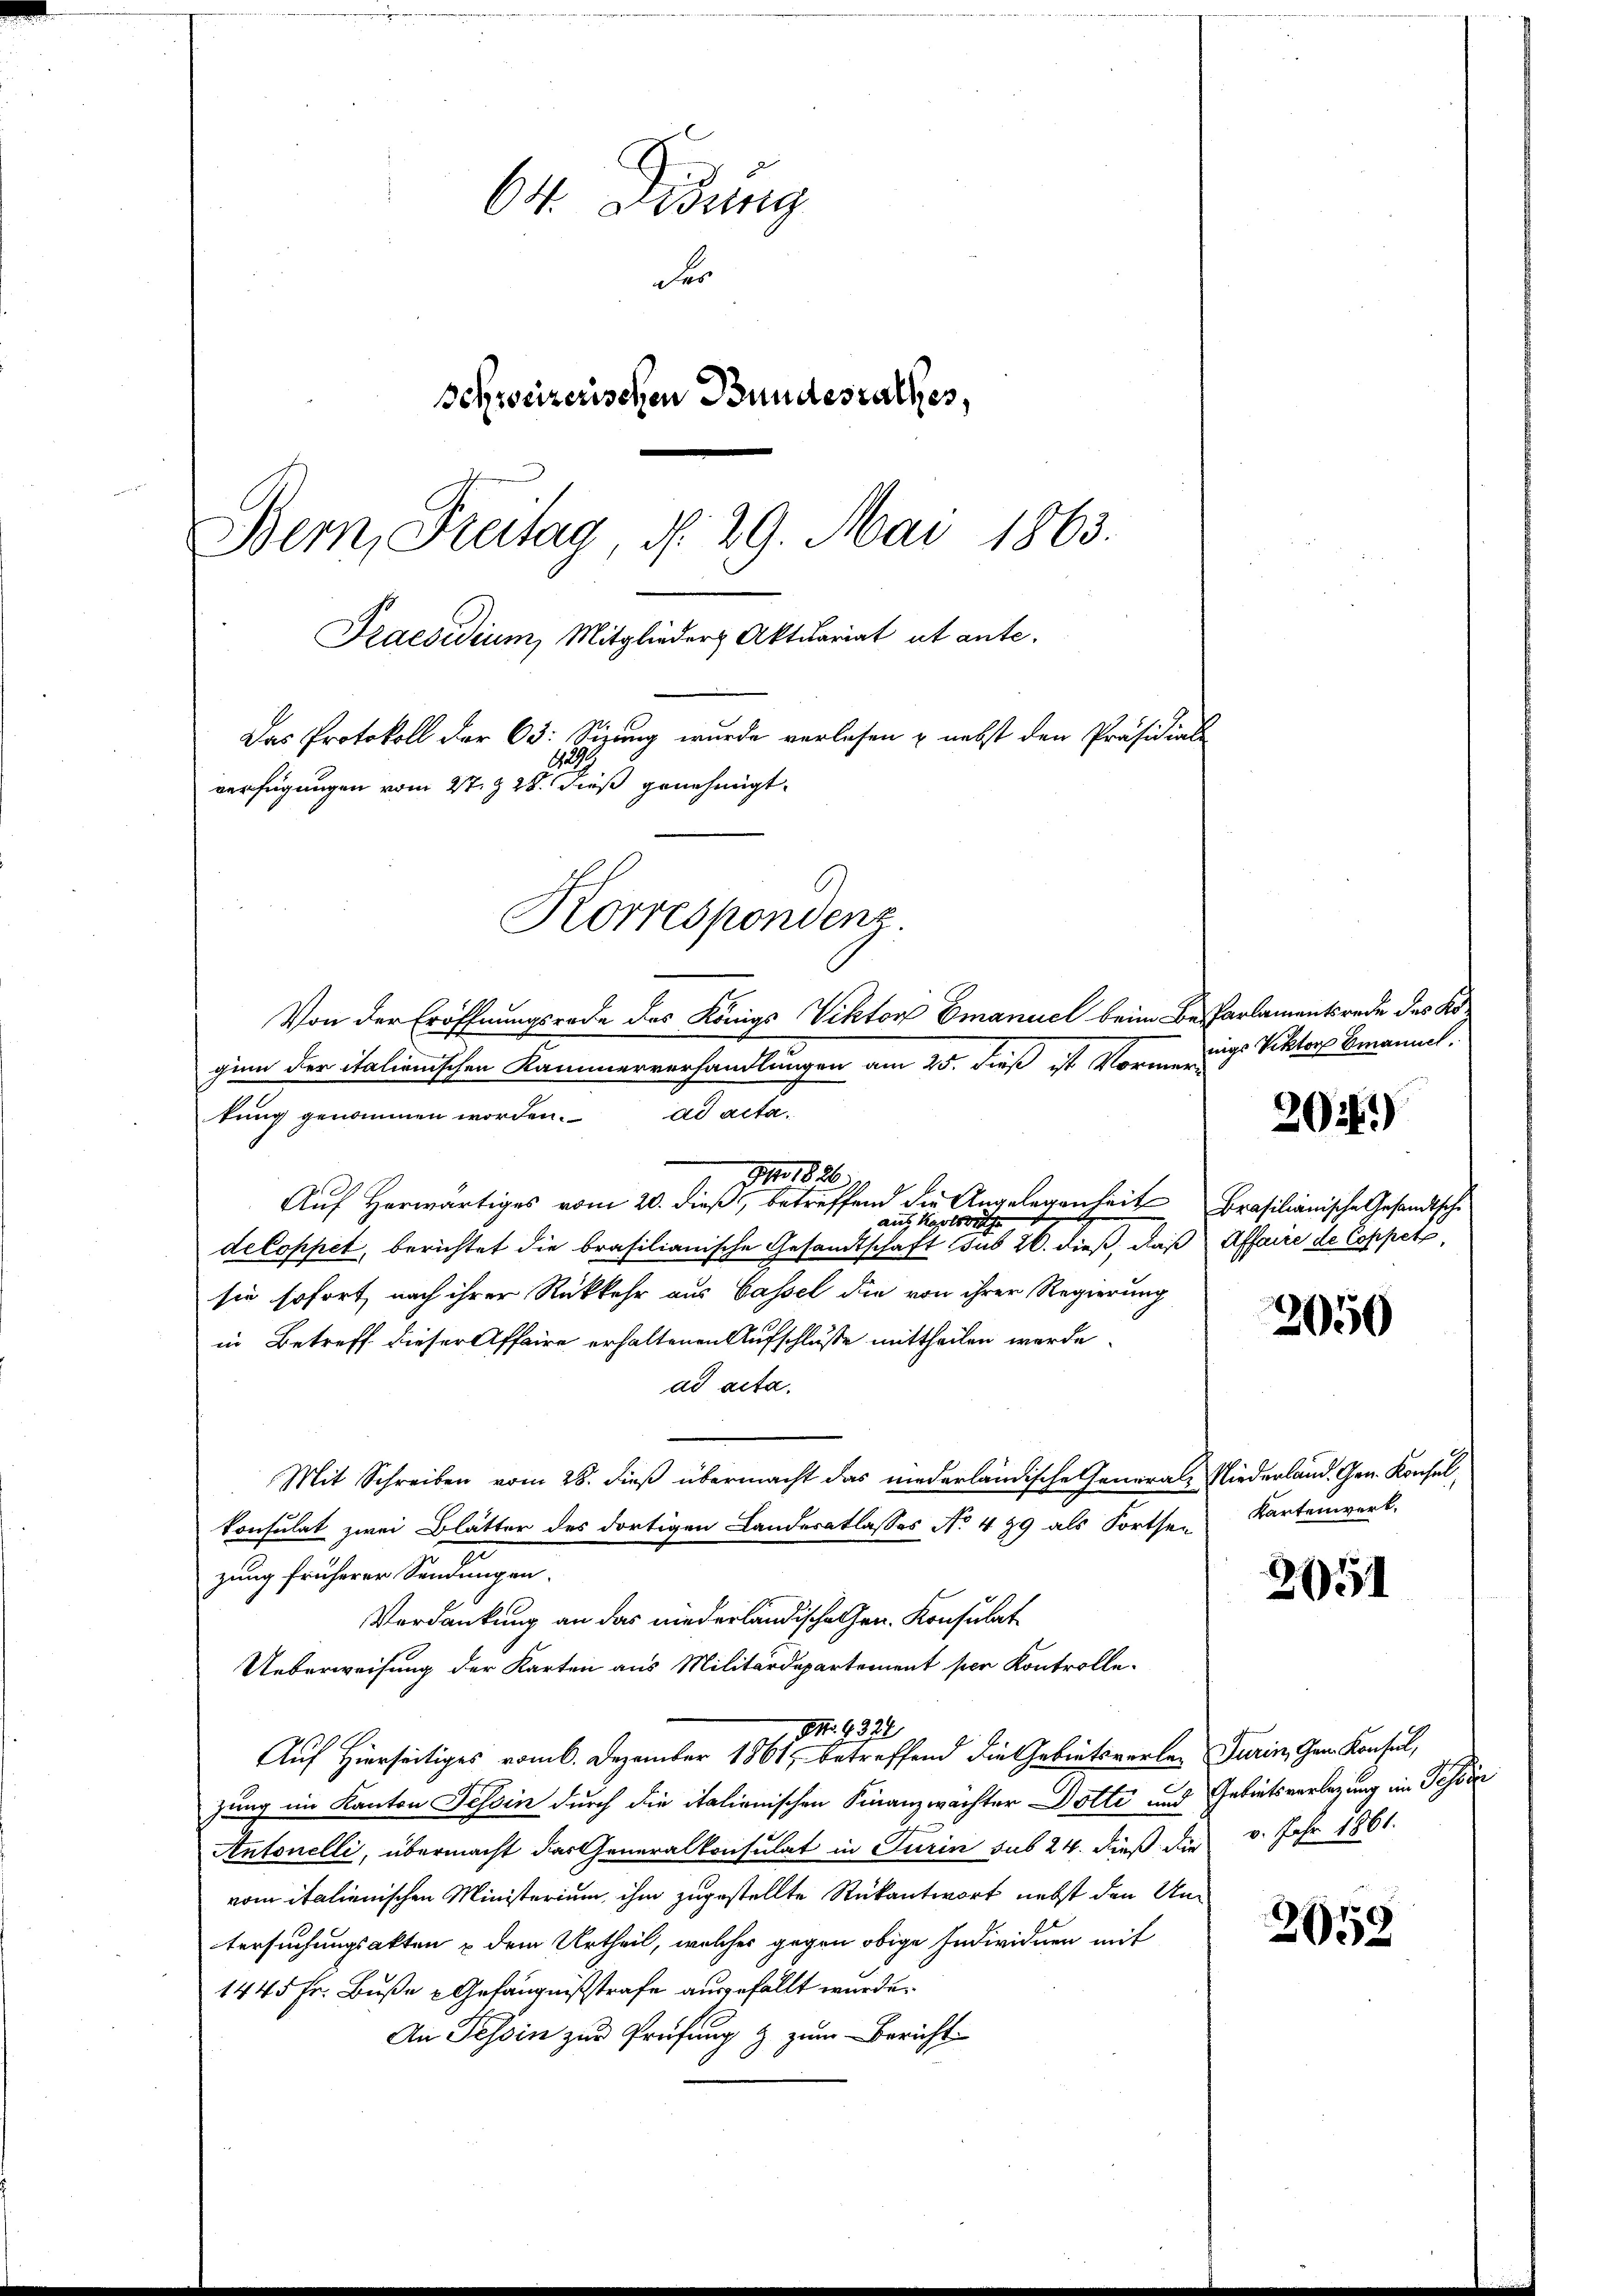
64. Disung
der
schweizerischen Bundesrathes,
Bern, Freitag, d. 29. Mai 1863.
Praesidium, Mitglieder Aktuariat ut ante.
Das Protokoll der 63: Sizung wurde verlesen u. nebst den Präsidials
Aa.
verfügungen vom 27. & 28. dieß genehmigt.
Korrespondenz.
Von der Eröffnungsrade des Königs Viktor Emanuel beim Be-Parlamentsrede des Ko¬

ginn der italienischen Kammerverhandlungen am 25. dieß ist Vormer-
ad acter
tung genommen worden.
1826
Auf Herwärtiges vom 20. dieß, betreffend die Angelegenheit Brasilianische Gesandtsche
auf Karlswe
de Coppet, berichtet die brasilianische Gesandtschaft sub 26. dieß, daß Affaire de Coppetz,
sie sofort nach ihrer Rückkehr aus Cassel die von ihrer Regierung
in Betreff dieser Affaire erhaltenen Aufschlusse mittheilen werde.
ad acta.
Mit Schreiben vom 28. dieß übermacht das niederländische General Niederland. Gen. Konsul,
konsulat zwei Blätter des dortigen Landeratlasses No 479 als Fortsen
zung früheren Sandungen.
Verdankung an das niederländische Gen. Konsulat
Ueberweisung der Karten aus Militärdepartement per Kontrolle-
NNo. 4331
Auf Hierseitiges vom 6. Dezember 1861, betreffend die Gebietsverlei Turin, Gem. Konsul,
zung im Kanton Tessin durch die italienischen Finanzwächter Dotte und Gebietsverlegung im Tessir
Antonelli, übermacht das Generalkonsulat in Turin sub 24. dieß die v. Jahr 1861.
vom italienischen Ministerium ihm zugestellte Rükantwort nebst den Untersuchungsakten & dem Urtheil, welches gegen obige Individuen mit
1445 Fr. Buße & Gefängnißstrafe ausgefällt wurde.
An Tessin zur Prüfung & zum Bericht.

nigs Viktor Emanuel.

2024)

2050

Kartenwert.

2051

2052